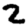
Digit: 2